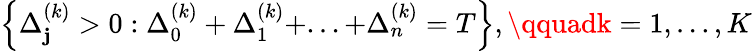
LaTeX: \left\{ \Delta_{\mathbf{j}}^{(k)}>0:\Delta_{0}^{(k)}+\Delta_{1}^{(k)}+...+\Delta_{n}^{(k)}=T\right\} ,\qquadk=1,\dots,K